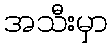
အသီးမှာ